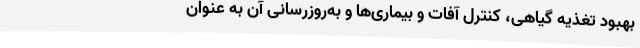
بهبود تغذیه گیاهی، کنترل آفات و بیماری‌ها و به‌روزرسانی آن به عنوان